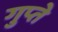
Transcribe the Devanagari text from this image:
गुप्‍ते